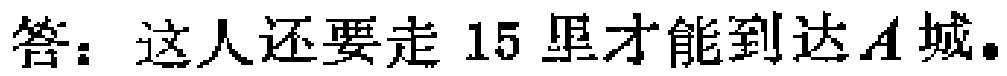
答：这人还要走 15 里才能到达\(A\)城。